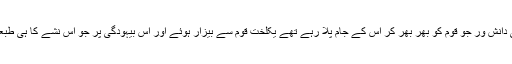
تاآنکہ جب یہ نشہ عروج کو پہنچا، اور آپ کی وہ ’فاقہ مستی‘ رنگ لے آئی، تو وہی دانش ور جو قوم کو بھر بھر کر اس کے جام پلا رہے تھے یکلخت قوم سے بیزار ہوئے اور اِس بیہودگی پر جو اِس نشے کا ہی طبعی اثر ہے ’’فرد‘‘ کو ’اخلاقی بحران‘ اور ’سماجی پستی‘ کے طعنے دینے چل پڑے۔